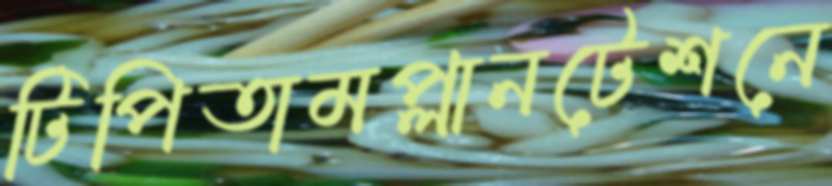
টিপিতামপ্লানটেশনে